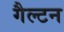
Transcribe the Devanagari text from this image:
गैल्टन